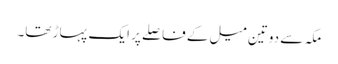
مکہ سے دوتین میل کے فاصلے پر ایک پہاڑ تھا۔